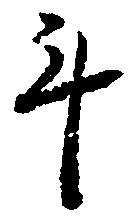
斗